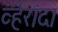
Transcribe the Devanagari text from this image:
व्हेरांदा